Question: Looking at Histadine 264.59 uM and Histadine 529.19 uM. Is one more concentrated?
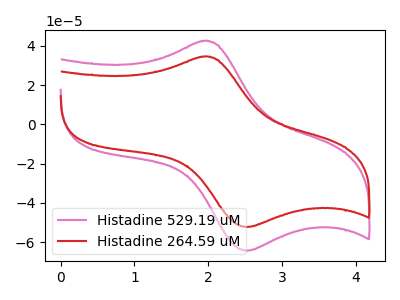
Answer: <think>The pink curve "Histadine 529.19 uM" has an anodic peak at (1.95V, 42.45uA) and a cathodic peak at (2.50V, -64.40uA). The red curve "Histadine 264.59 uM" has an anodic peak at (1.95V, 34.50uA) and a cathodic peak at (2.50V, -52.35uA).
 All the peaks in "Histadine 264.59 uM" have a peak in "Histadine 529.19 uM" at the same potential. Every peak in "Histadine 264.59 uM" is lower than every peak in "Histadine 529.19 uM".</think>
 <answer>"Histadine 264.59 uM" has less signal than "Histadine 529.19 uM" and so likely has a lower concentration.</answer>
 <eval>less_concentration</eval>